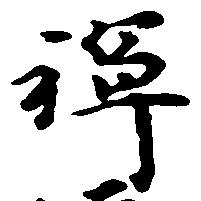
禅